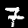
Label: 7